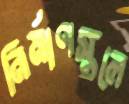
নির্মাণস্থলে